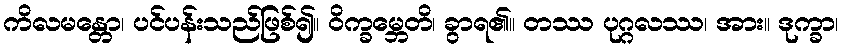
ကိလမန္တော၊ ပင်ပန်းသည်ဖြစ်၍။ ဝိက္ခမ္ဘေတိ၊ ခွာရ၏။ တဿ ပုဂ္ဂလဿ၊ အား။ ဒုက္ခာ၊